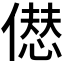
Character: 𠎝